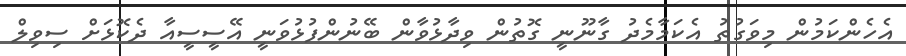
އެހެންކަމުން މިވަގުތު އެކަމާމެދު ގާނޫނީ ގޮތުން ވިދާޅުވާން ބޭނުންފުޅުވަނީ އޭސީސީއާ ދެކޮޅަށް ސިވިލް